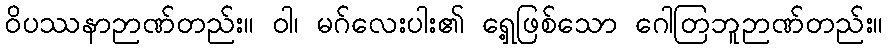
ဝိပဿနာဉာဏ်တည်း။ ဝါ၊ မဂ်လေးပါး၏ ရှေ့ဖြစ်သော ဂေါတြဘူဉာဏ်တည်း။